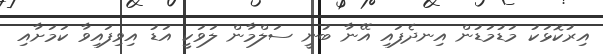
އިރުކޮޅަކު މަޑުމަޑުން އިނދެފައި އޭނާ ބުނީ ސަލްމާން ލަވަކީ އަޑު އިވިފައިވާ ކަމަށާއި